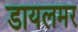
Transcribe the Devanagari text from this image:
डायलमर